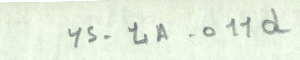
YS-4A-011d